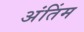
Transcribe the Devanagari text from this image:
अंतिंम